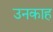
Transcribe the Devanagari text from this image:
उनकाह